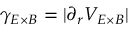
\gamma _ { E \times B } = | \partial _ { r } V _ { E \times B } |